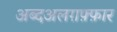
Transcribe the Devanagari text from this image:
अब्दअलग़फ़्फ़ार